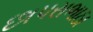
છાપરાભાઠા